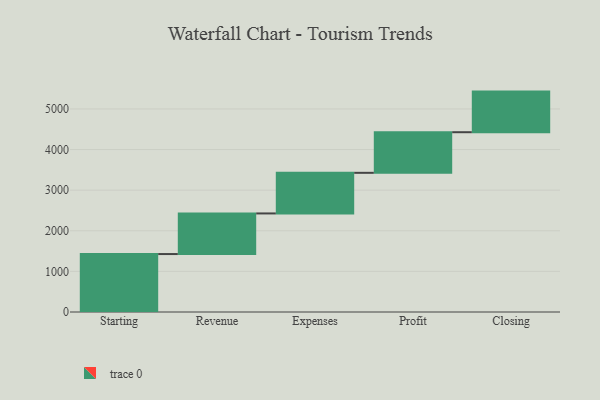
{"axis": {"x": "Step", "y": "Value"}, "legend": [""], "data": [{"x": "Starting", "y": 1427.0, "type": ""}, {"x": "Revenue", "y": 1000, "type": ""}, {"x": "Expenses", "y": 1000, "type": ""}, {"x": "Profit", "y": 1000, "type": ""}, {"x": "Closing", "y": 1000, "type": ""}]}